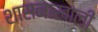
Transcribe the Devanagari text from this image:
शासनाखाली